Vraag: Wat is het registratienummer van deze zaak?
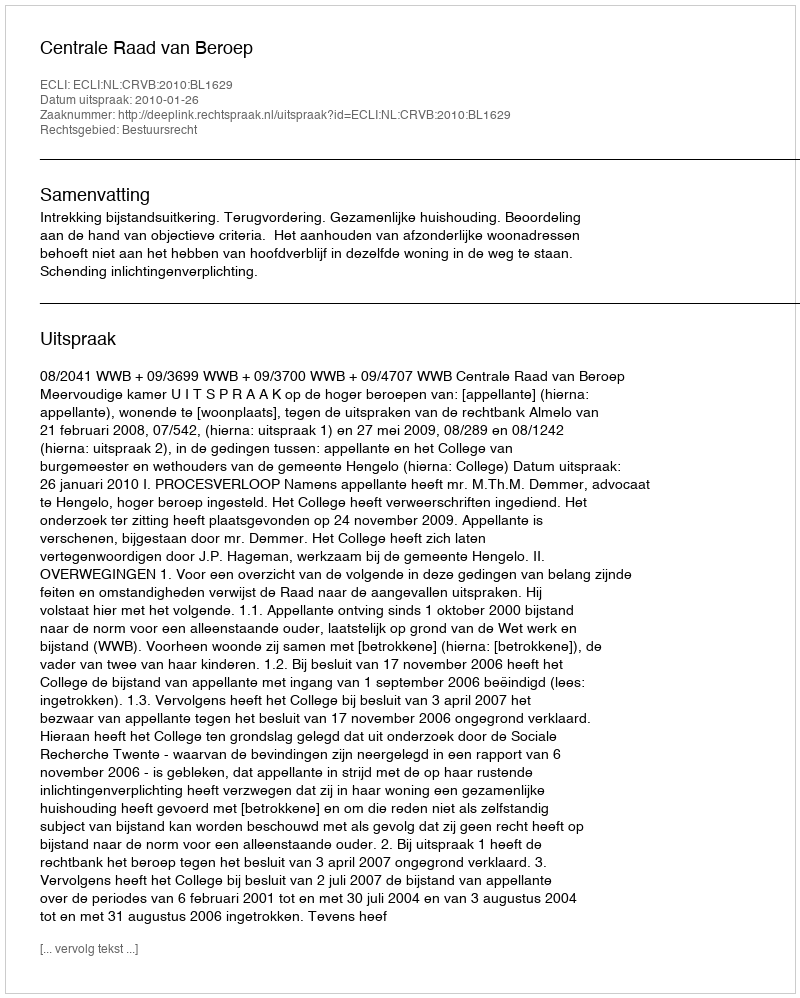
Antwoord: http://deeplink.rechtspraak.nl/uitspraak?id=ECLI:NL:CRVB:2010:BL1629